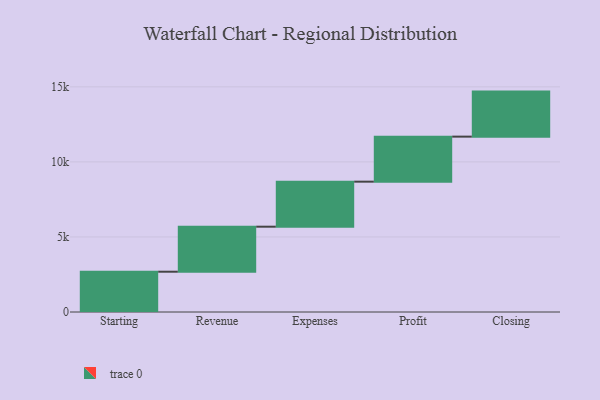
{"axis": {"x": "Step", "y": "Value"}, "legend": [""], "data": [{"x": "Starting", "y": 2684.0, "type": ""}, {"x": "Revenue", "y": 3000, "type": ""}, {"x": "Expenses", "y": 3000, "type": ""}, {"x": "Profit", "y": 3000, "type": ""}, {"x": "Closing", "y": 3000, "type": ""}]}